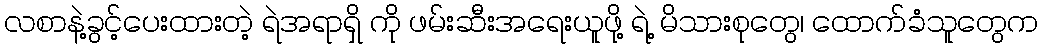
လစာနဲ့ခွင့်ပေးထားတဲ့ ရဲအရာရှိ ကို ဖမ်းဆီးအရေးယူဖို့ ရဲ့ မိသားစုတွေ၊ ထောက်ခံသူတွေက